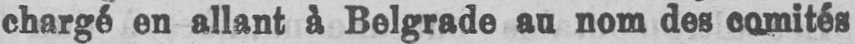
chargé en allant à Belgrade au nom des comités